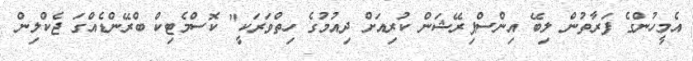
އެމީހުންގެ ފަރާތުން ލިބޭ އިންސްޕިރޭޝަން ކުރިއަށް ދިއުމުގެ ހިތްވަރަކީ" ކޮސްމެޓިކް ބްރޭންޑެއްގަ ޖެކްލިން